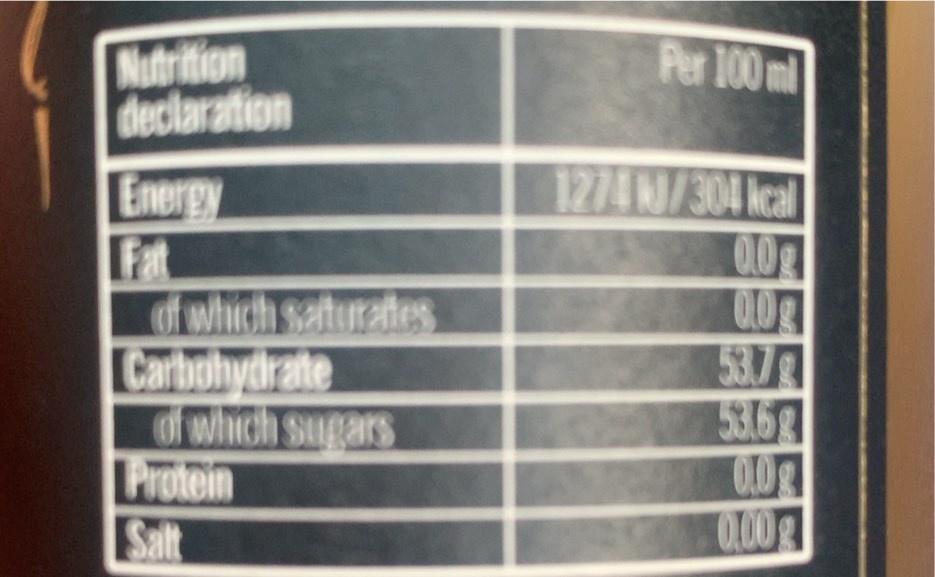
Per 100 ml
Nutrition declaration Energy Fat of which saturates Carbohydrate of which sugars Protein Salt
1274 W/304 kcal 0.0g 00g 53.7 53.53 0.0g 0.00g